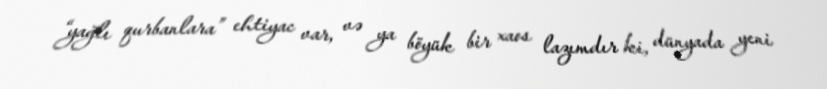
“yağlı qurbanlara” ehtiyac var, və ya böyük bir xaos lazımdır ki, dünyada yeni